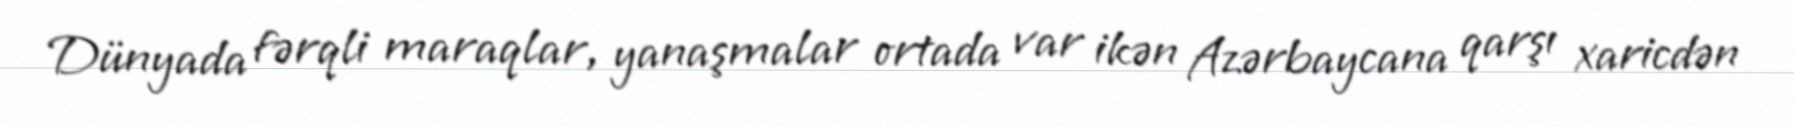
Dünyada fərqli maraqlar, yanaşmalar ortada var ikən Azərbaycana qarşı xaricdən